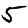
Digit: 5